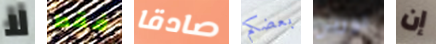
لا فقط صادقا بعضكم نورين إن